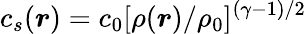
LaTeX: c_{s}(\boldsymbol{r})=c_{0}[\rho(\boldsymbol{r})/\rho_{0}]^{(\gamma-1)/2}